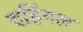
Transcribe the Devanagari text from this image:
दहिंगल